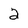
Character: 2